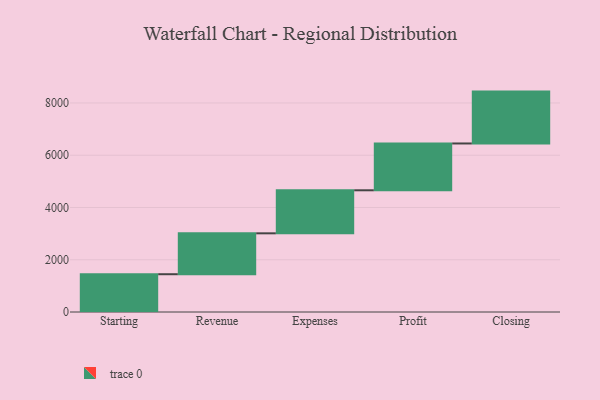
{"axis": {"x": "Step", "y": "Value"}, "legend": [""], "data": [{"x": "Starting", "y": 1446.0, "type": ""}, {"x": "Revenue", "y": 1565.0, "type": ""}, {"x": "Expenses", "y": 1647.0, "type": ""}, {"x": "Profit", "y": 1792.0, "type": ""}, {"x": "Closing", "y": 1985.0, "type": ""}]}